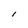
Character: l